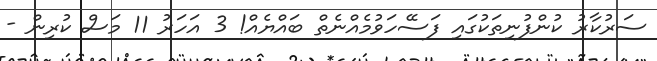
ސަރުކާރު ކުންފުނިތަކުގައި ފަސޭހަވުމެއްނެތް ބައްޔެއް! 3 އަހަރު 11 މަސް ކުރިން -